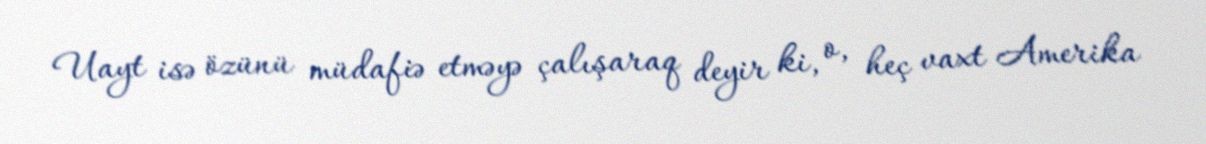
Uayt isə özünü müdafiə etməyə çalışaraq deyir ki, o, heç vaxt Amerika